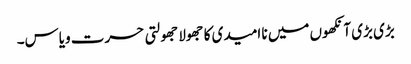
بڑی بڑی آنکھوں میں نا امیدی کا جھولا جھولتی حسرت ویاس۔